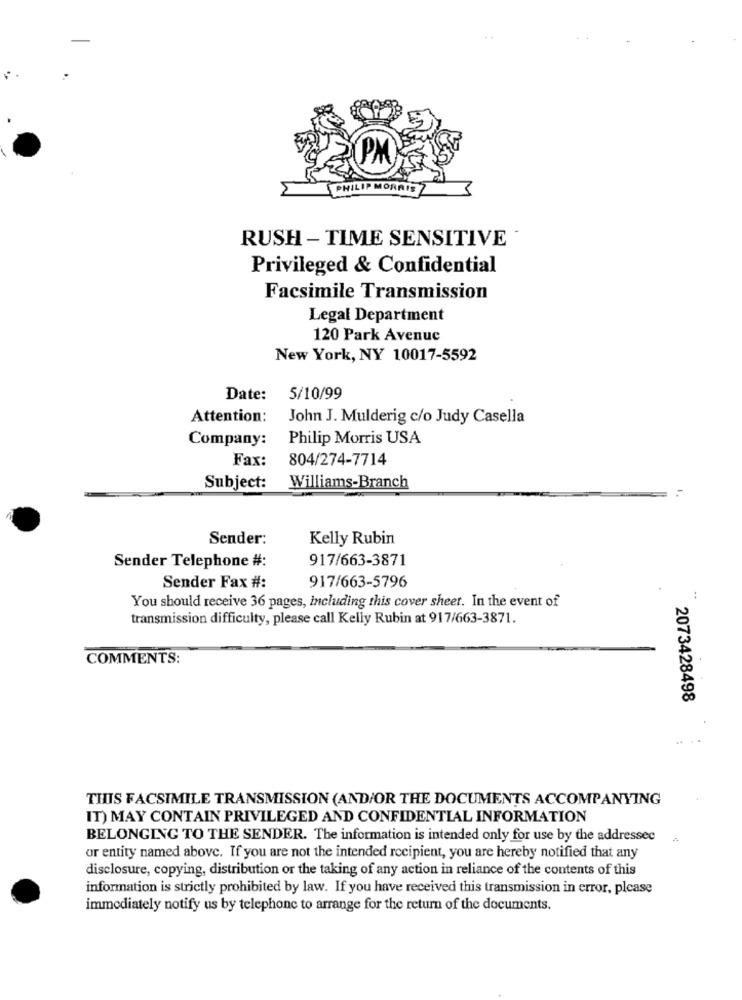
PM
PHILIP MO
RUSH - TIME SENSITIVE
Privileged & Confidential
Facsimile Transmission
Legal Department
120 Park Avenue
New York, NY 10017-5592
Date:
5/10/99
Attention:
John J. Mulderig c/o Judy Casella
Company:
Philip Morris USA
Fax:
804/274-7714
Subject:
Williams-Branch
Sender:
Kelly Rubin
Sender Telephone #:
917/663-3871
Sender Fax #:
917/663-5796
You should receive 36 pages, including this cover sheet. In the event of
transmission difficulty, please call Kelly Rubin at 917/663-3871.
COMMENTS:
2073428498
THIS FACSIMILE TRANSMISSION (AND/OR THE DOCUMENTS ACCOMPANYING
IT) MAY CONTAIN PRIVILEGED AND CONFIDENTIAL INFORMATION
BELONGING TO THE SENDER. The information is intended only for use by the addressee
or entity named above. If you are not the intended recipient, you are hereby notified that any
disclosure, copying, distribution or the taking of any action in reliance of the contents of this
information is strictly prohibited by law. If you have received this transmission in error, please
immediately notify us by telephone to arrange for the return of the documents.